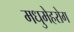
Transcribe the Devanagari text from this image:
मधुमेहरोग